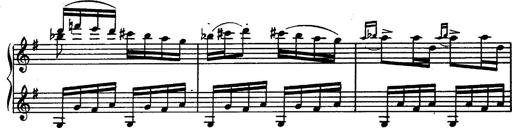
Title: Magyar rapszÃ³diÃ¡k
Composer: Franz Liszt